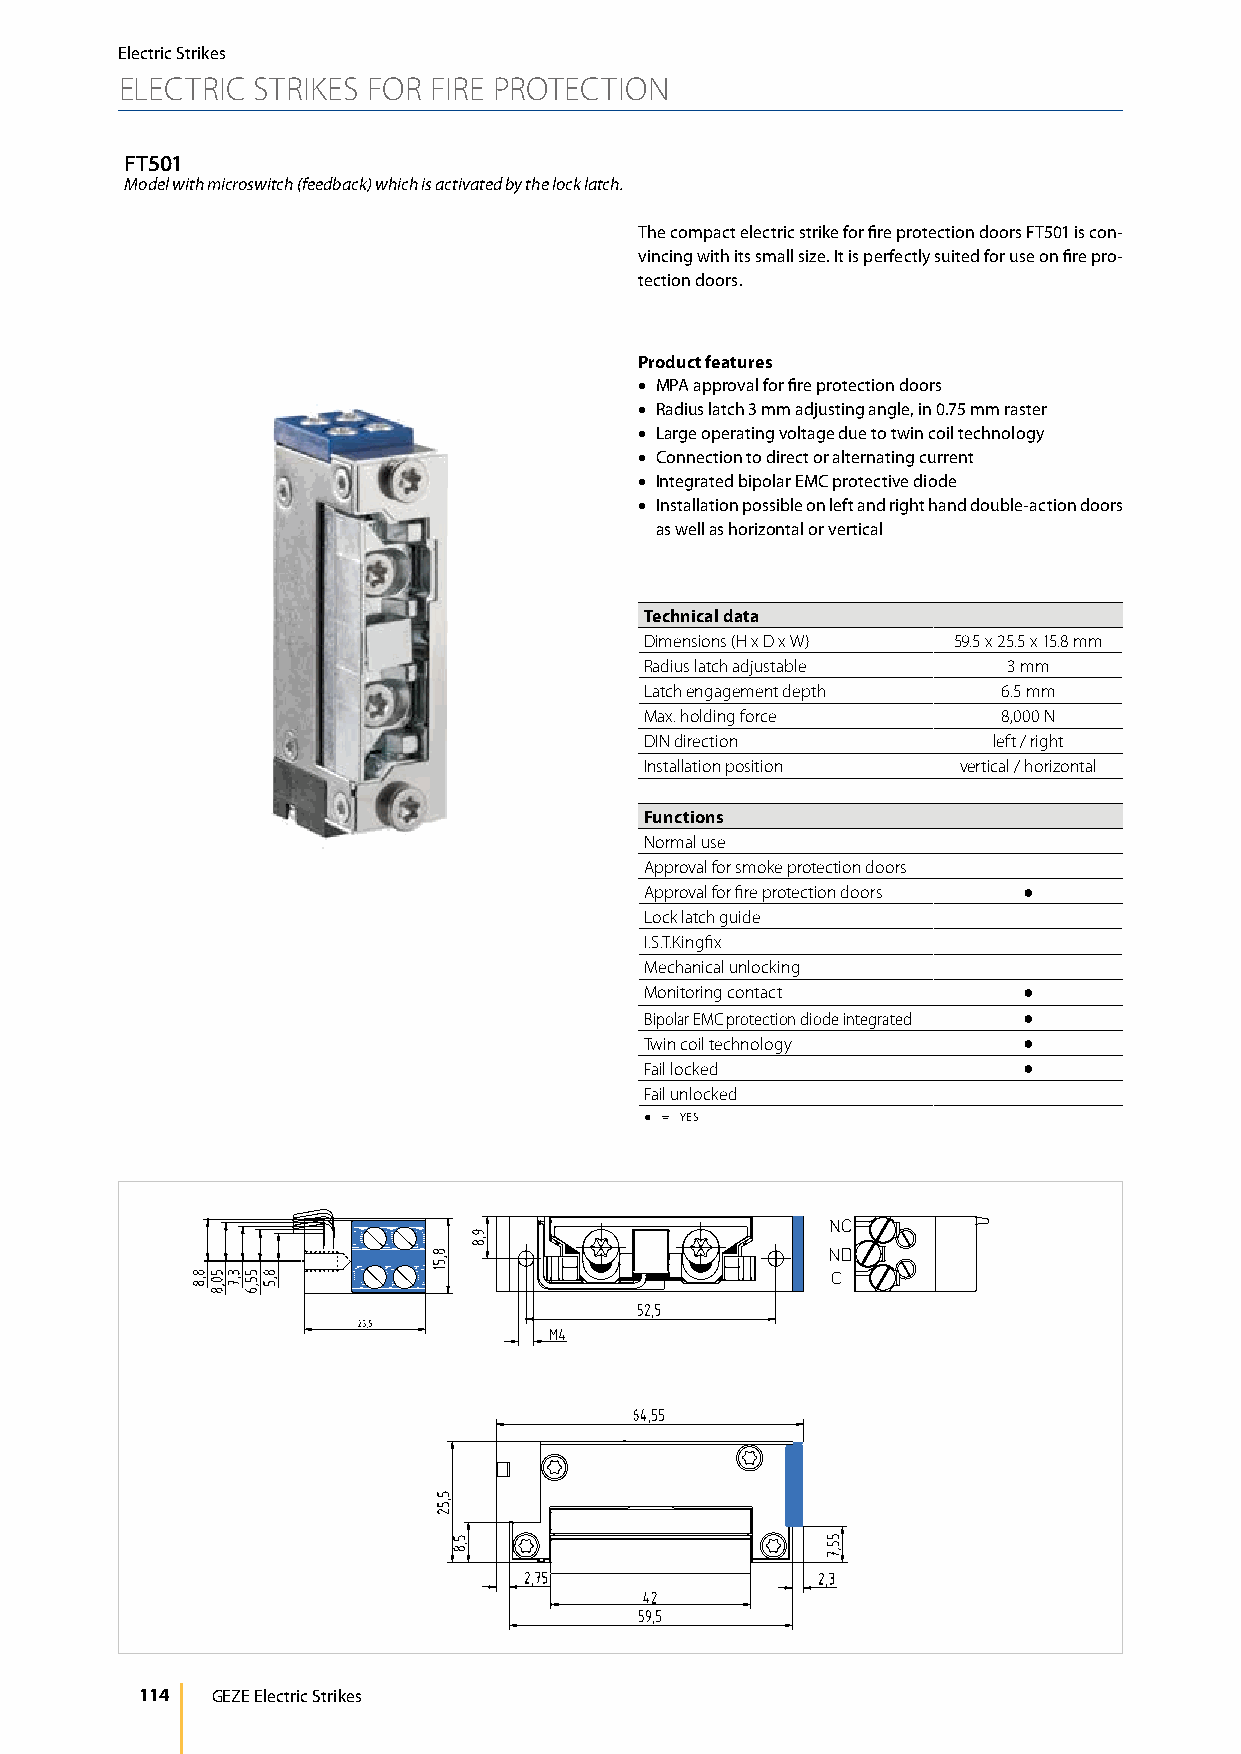
Electric Strikes
 ELECTRIC STRIKES FOR FIRE PROTECTION
 FT501
 Model with microswitch (feedback) which is activated by the lock latch.
 The compact electric strike for fire protection doors FT501 is con-
 vincing with its small size. It is perfectly suited for use on fire pro-
 tection doors.
 Product features
 • MPA approval for fire protection doors
 • Radius latch 3 mm adjusting angle, in 0.75 mm raster
 • Large operating voltage due to twin coil technology
 • Connection to direct or alternating current
 • Integrated bipolar EMC protective diode
 • Installation possible on left and right hand double-action doors
 as well as horizontal or vertical
 Technical data
 Dimensions (H x D x W) 59.5 x 25.5 x 15.8 mm
 Radius latch adjustable 3 mm
 Latch engagement depth 6.5 mm
 Max. holding force     8,000 N
 DIN direction          left / right
 Installation position vertical / horizontal
 Functions
 Normal use
 Approval for smoke protection doors
 Approval for fire protection doors ●
 Lock latch guide
 I.S.T.Kingfix
 Mechanical unlocking
 Monitoring contact       ●
 Bipolar EMC protection diode integrated ●
 Twin coil technology     ●
 Fail locked              ●
 Fail unlocked
 ● = YES
 114  GEZE Electric Strikes